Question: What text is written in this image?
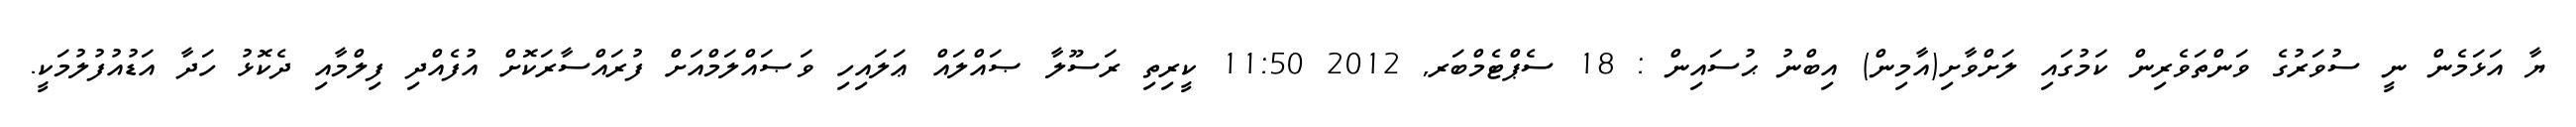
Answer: ޔާ އަޅަމެން ނީ ސުވަރުގެ ވަންތަވެރިން ކަމުގައި ލަށްވާށި(އާމިން) އިބްނު ޙުސައިން : 18 ސެޕްޓެމްބަރ, 2012 11:50 ކީރިތި ރަސޫލާ ޞައްލައް ޢަލައިހި ވަޞައްލަމްއަށް ފުރައްސާރަކޮށް އުފެއްދި ފިލްމާއި ދެކޮޅު ހަދާ އަޑުއުފުލުމަކީ.